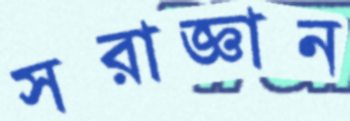
সরাজ্ঞান